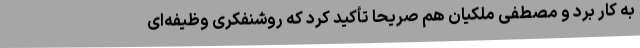
به کار برد و مصطفی ملکیان هم صریحاً تأکید کرد که روشنفکری وظیفه‌ای